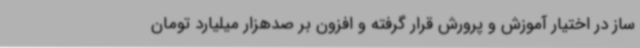
ساز در اختیار آموزش و پرورش قرار گرفته و افزون بر صدهزار میلیارد تومان